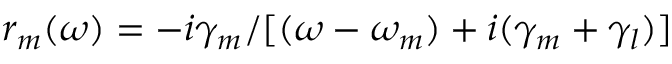
r _ { m } ( \omega ) = - i \gamma _ { m } / [ ( \omega - \omega _ { m } ) + i ( \gamma _ { m } + \gamma _ { l } ) ]